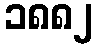
၁၈၈၂